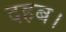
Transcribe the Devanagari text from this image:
दहब।